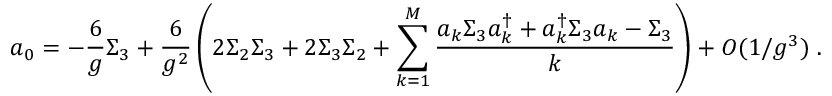
a _ { 0 } = - \frac { 6 } { g } \Sigma _ { 3 } + \frac { 6 } { g ^ { 2 } } \left( 2 \Sigma _ { 2 } \Sigma _ { 3 } + 2 \Sigma _ { 3 } \Sigma _ { 2 } + \sum _ { k = 1 } ^ { M } \frac { a _ { k } \Sigma _ { 3 } a _ { k } ^ { \dagger } + a _ { k } ^ { \dagger } \Sigma _ { 3 } a _ { k } - \Sigma _ { 3 } } { k } \right) + O ( 1 / g ^ { 3 } ) \; .